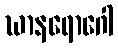
ဃာနရောဂေါ